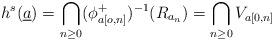
LaTeX: \begin{align*}h^{s}(\underline{a})=\bigcap_{n\geq 0}(\phi_{a[o,n]}^{+})^{-1}(R_{a_n})=\bigcap_{n\geq 0} V_{a[0,n]}\end{align*}